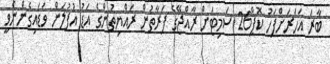
ބާރަ އަހަރަށްފަހު ކޮޕް26 ސަމިޓަށް ރާއްޖޭގެ ފަރާތުން ރައްޔިތުންގެ އަޑު އުފުލަން ވަޑައިގެންނެވީ